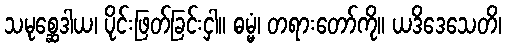
သမုစ္ဆေဒါယ၊ ပိုင်းဖြတ်ခြင်းငှါ။ ဓမ္မံ၊ တရားတော်ကို။ ယဒိဒေသေတိ၊